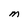
Character: M